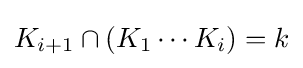
K_{i+1}\cap (K_{1}\cdots K_{i})=k